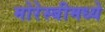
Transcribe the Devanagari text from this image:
मोरेस्बीमध्ये